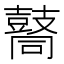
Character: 𪔚